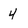
Character: 4